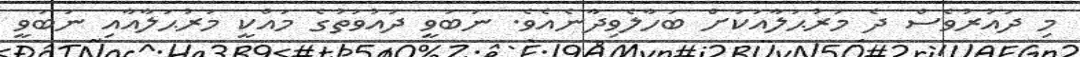
މި ދައުރުވެސް ދެ މަރުޙަލާއަކަށް ބަހާލެވިދާނެއެވެ. ނަބަވީ ދައުވަތުގެ މައްކީ މަރުޙަލާއާއި ނަބަވީ